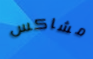
مشاكس